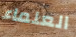
العلماء